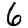
Digit: 6